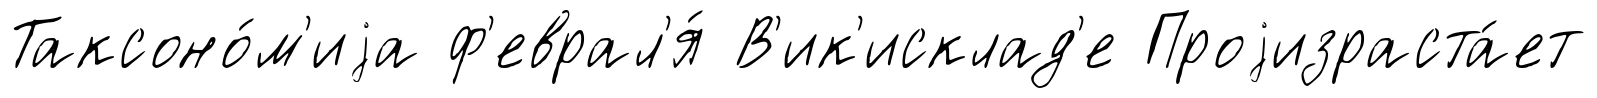
Таксоно́м'иjа ф'еврал'я́ В'ик'исклад'е Проjизраста́ет